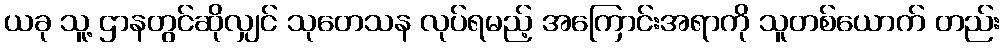
ယခု သူ့ ဌာနတွင်ဆိုလျှင် သုတေသန လုပ်ရမည့် အကြောင်းအရာကို သူတစ်ယောက် တည်း